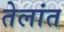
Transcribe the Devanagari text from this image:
तेलांत